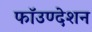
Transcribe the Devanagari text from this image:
फॉउण्देशन